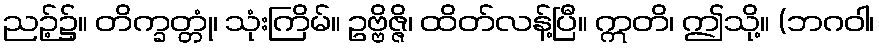
ညဉ့်၌။ တိက္ခတ္တုံ၊ သုံးကြိမ်။ ဥဗ္ဗိဇ္ဇိ၊ ထိတ်လန့်ပြီ။ ဣတိ၊ ဤသို့။ (ဘဂဝါ၊